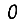
Digit: 0